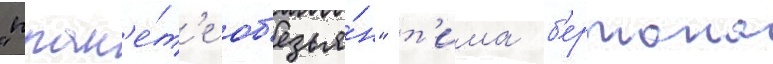
"план'е́т'е об'езья́н" т'има б'ертона